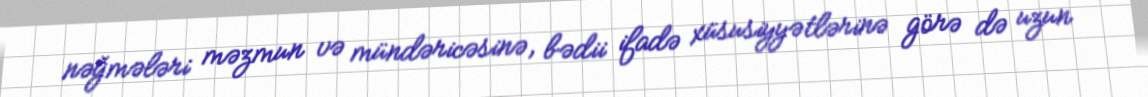
nəğmələri məzmun və mündəricəsinə, bədii ifadə xüsusiyyətlərinə görə də uzun